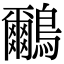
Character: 鸍